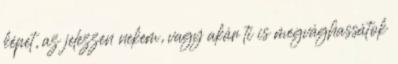
képet, az jelezzen nekem, vagy akár ti is megvághassátok